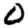
Digit: 0